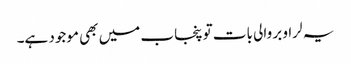
یہ لراو بر والی بات تو پنجاب میں بھی موجود ہے۔